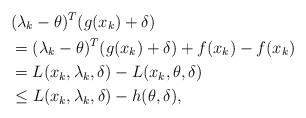
LaTeX: \begin{align*}& (\lambda_k-\theta)^T (g(x_k)+\delta) \\& =(\lambda_k-\theta)^T (g(x_k)+\delta) + f(x_k) - f(x_k) \\& = L (x_k,\lambda_k,\delta) - L(x_k,\theta,\delta) \\& \le L (x_k,\lambda_k,\delta) - h(\theta,\delta), \end{align*}